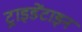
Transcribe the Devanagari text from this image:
ट्राइडेंटाइन